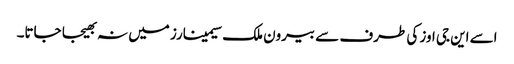
اسے این جی اوز کی طرف سے بیرون ملک سیمینارز میں نہ بھیجا جاتا۔